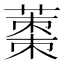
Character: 𮐿